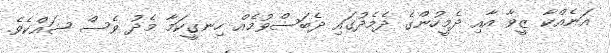
އަނެއްކާ ޒީވާ އާއި ދެމީހުންގެ ދެމެދުގައި ދެބަސްވުމެއް ހިނގީކަމާ މެދު ވެސް ޝައްކެވެ.